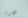
مجرتنا